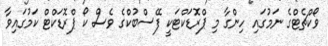
ވޯކްޗެޓްގެ ނަމުގައި ހިންގާ މި ޕްރޮޑަކްޓަކީ ފޭސްބުކްގެ ވެސް ކޯ ޕްރޮޑަކްޓް ކަމުގައިވާ